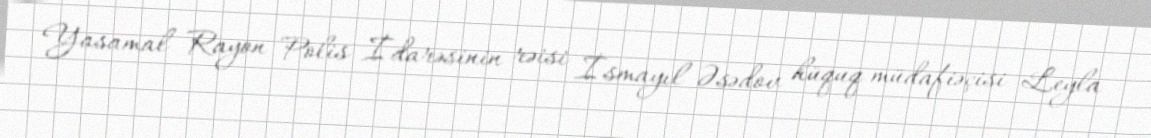
Yasamal Rayon Polis İdarəsinin rəisi İsmayıl Əsədov hüquq müdafiəçisi Leyla